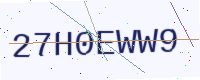
Text: 27H0EWW9